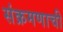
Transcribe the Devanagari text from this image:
संक्रमणाची